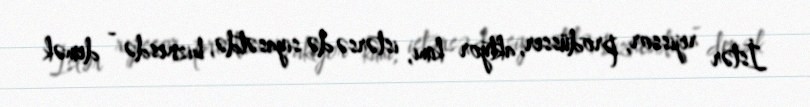
İstər rejissor, prodüsser, aktyor kimi, istərsə də siyasətdə, biznesdə - demək